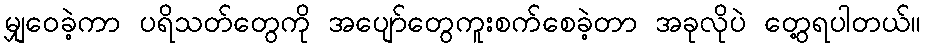
မျှဝေခဲ့ကာ ပရိသတ်တွေကို အပျော်တွေကူးစက်စေခဲ့တာ အခုလိုပဲ တွေ့ရပါတယ်။